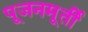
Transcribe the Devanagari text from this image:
पूजनमूर्ती